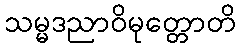
သမ္မဒညာဝိမုတ္တောတိ